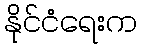
နိုင်ငံရေးက